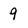
Character: 9